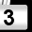
Digit: 3